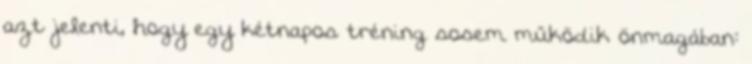
azt jelenti, hogy egy kétnapos tréning sosem működik önmagában: